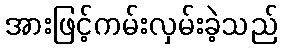
အားဖြင့်ကမ်းလှမ်းခဲ့သည်